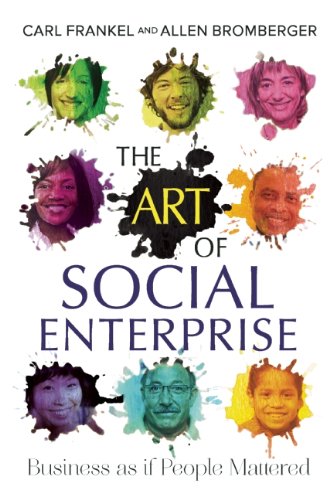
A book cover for The Art of Social Enterprise: Business as if People Mattered; Carl Frankel; Business & Money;